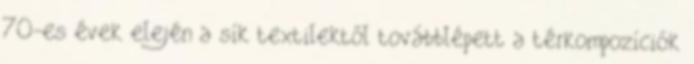
70-es évek elején a sík textilektől továbblépett a térkompozíciók